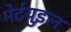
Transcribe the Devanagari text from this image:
मेर्टयुइल